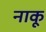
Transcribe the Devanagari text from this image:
नाकू